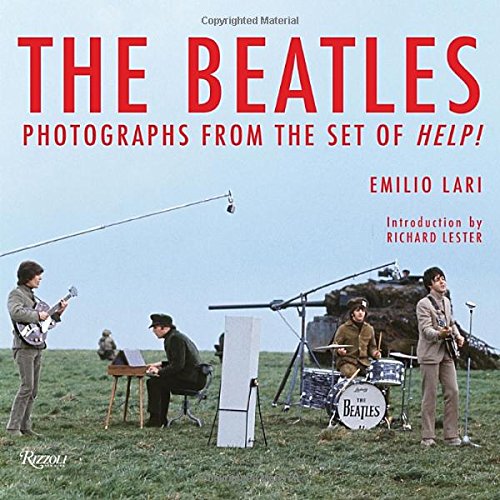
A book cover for The Beatles: Photographs from the Set of Help!; Emilio Lari; Humor & Entertainment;